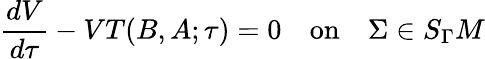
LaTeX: \frac{dV}{d\tau}-VT(B,A;\tau)=0\quad\mathrm{on}\quad\Sigma\in S_{\Gamma}M